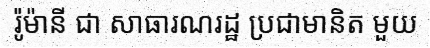
រ៉ូម៉ានី ជា សាធារណរដ្ឋ ប្រជាមានិត មួយ